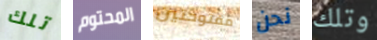
تلك المحتوم مفتوحتين نحن وتلك